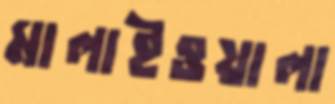
মালাইওয়ালা